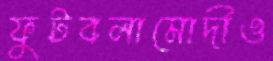
ফুটবলামোদীও